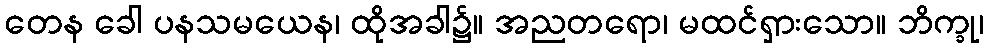
တေန ခေါ ပနသမယေန၊ ထိုအခါ၌။ အညတရော၊ မထင်ရှားသော။ ဘိက္ခု၊